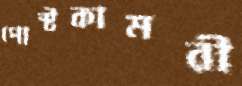
পোস্টকামরী